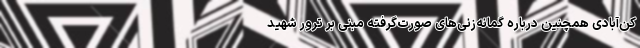
کن‌آبادی همچنین درباره گمانه‌زنی‌های صورت‌گرفته مبنی بر ترور شهید